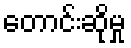
တောင်းဆိုမှု